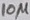
Text: 10µ